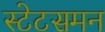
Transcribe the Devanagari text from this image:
स्टेटसमन